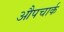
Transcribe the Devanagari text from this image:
औपचार्क